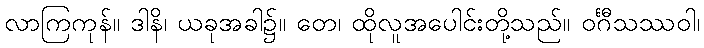
လာကြကုန်။ ဒါနိ၊ ယခုအခါ၌။ တေ၊ ထိုလူအပေါင်းတို့သည်။ ဝင်္ဂီသဿဝါ၊